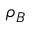
\rho _ { B }